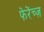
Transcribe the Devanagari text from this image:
फेरेंच्ज़